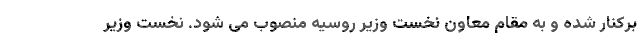
برکنار شده و به مقام معاون نخست وزیر روسیه منصوب می شود. نخست وزیر